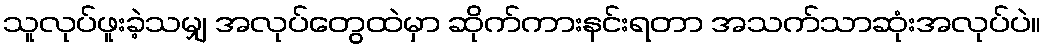
သူလုပ်ဖူးခဲ့သမျှ အလုပ်တွေထဲမှာ ဆိုက်ကားနင်းရတာ အသက်သာဆုံးအလုပ်ပဲ။